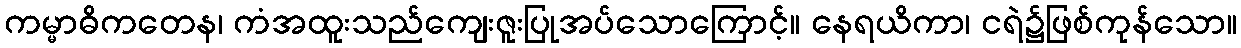
ကမ္မာဓိကတေန၊ ကံအထူးသည်ကျေးဇူးပြုအပ်သောကြောင့်။ နေရယိကာ၊ ငရဲ၌ဖြစ်ကုန်သော။